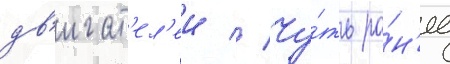
дв'игат'ел'еи // Чу́ть ра́н'ее